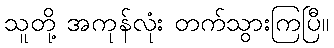
သူတို့ အကုန်လုံး တက်သွားကြပြီ။